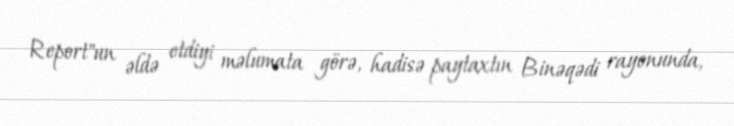
Report"un əldə etdiyi məlumata görə, hadisə paytaxtın Binəqədi rayonunda,